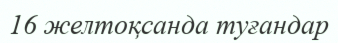
16 желтоқсанда туғандар